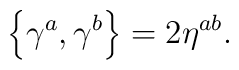
\left\{ \gamma ^{a},\gamma ^{b}\right\} =2\eta ^{ab}.